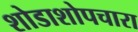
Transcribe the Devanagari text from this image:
शोडाशोपचारा